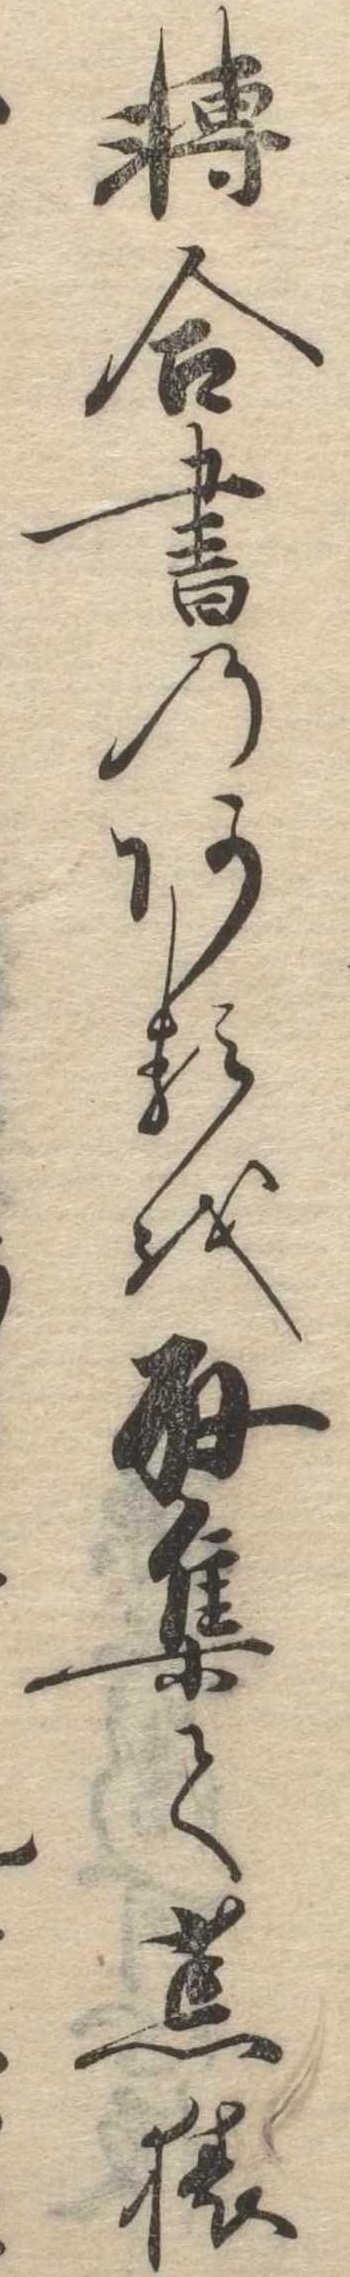
転合書のあるを取集て荒猿